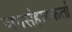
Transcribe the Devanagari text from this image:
जगसंहारकर्ता